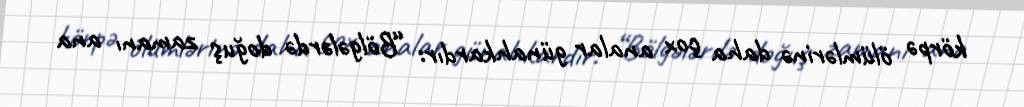
körpə ölümlərinə daha çox analar günahkardır: “Bölgələrdə doğuş zamanı ana